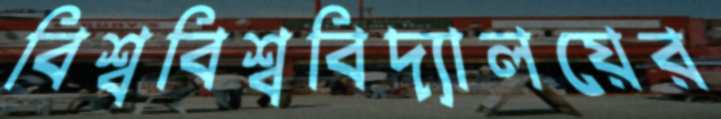
বিশ্ববিশ্ববিদ্যালয়ের